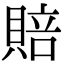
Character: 賠